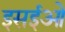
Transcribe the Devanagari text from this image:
इसईओं